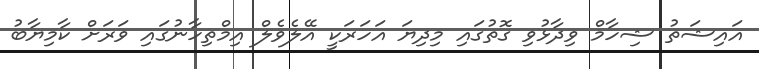
އައިޝަތު ޝިހާމް ވިދާޅުވި ގޮތުގައި މިދިޔަ އަހަރަކީ އޭލެވެލް އިމްތިހާނުގައި ވަރަށް ކާމިޔާބު